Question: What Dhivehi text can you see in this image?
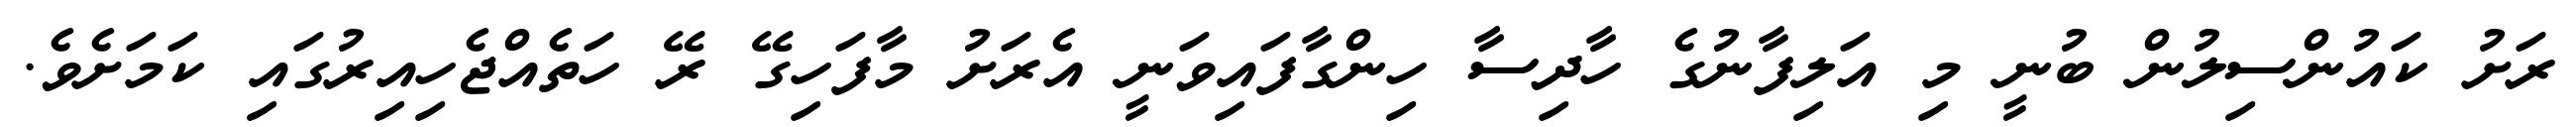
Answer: ރަށު ކައުންސިލުން ބުނީ މި އަލިފާނުގެ ހާދިސާ ހިންގާފައިވަނީ އެރަށު މާފަހިގޭ ރޭ ހަތެއްޖެހިއިރުގައި ކަމަށެވެ.